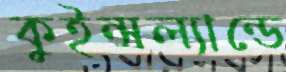
কুইন্সল্যান্ডে